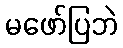
မဖော်ပြဘဲ